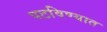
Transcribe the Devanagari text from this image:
पटविण्यात